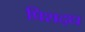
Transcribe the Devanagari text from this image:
प्रिशद्ध